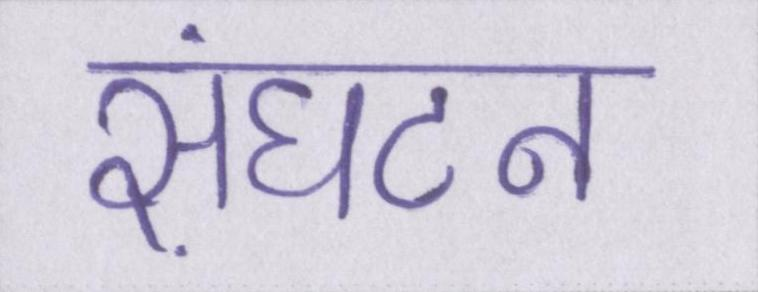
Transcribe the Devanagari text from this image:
संघटन